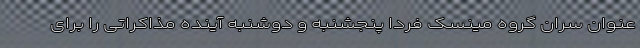
عنوان سران گروه مینسک فردا پنجشنبه و دوشنبه آینده مذاکراتی را برای